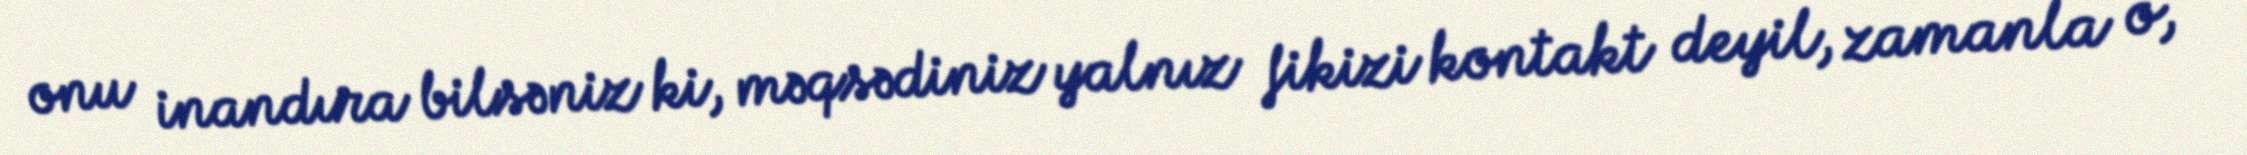
onu inandıra bilsəniz ki, məqsədiniz yalnız fikizi kontakt deyil, zamanla o,